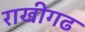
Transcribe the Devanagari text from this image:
राखीगढ